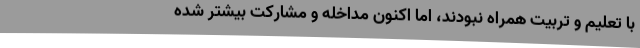
با تعلیم و تربیت همراه نبودند، اما اکنون مداخله و مشارکت بیشتر شده